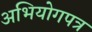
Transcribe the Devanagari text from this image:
अभियोगपत्र